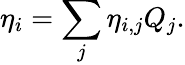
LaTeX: \eta_{i}=\sum_{j}\eta_{i,j}Q_{j}.